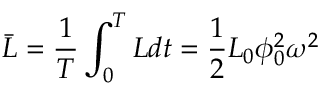
\bar { L } = \frac { 1 } { T } \int _ { 0 } ^ { T } L d t = \frac { 1 } { 2 } L _ { 0 } \phi _ { 0 } ^ { 2 } \omega ^ { 2 }